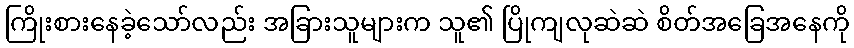
ကြိုးစားနေခဲ့သော်လည်း အခြားသူများက သူ၏ ပြိုကျလုဆဲဆဲ စိတ်အခြေအနေကို